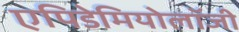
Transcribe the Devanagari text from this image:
एपिडेमियोलॉजी